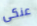
عنكى